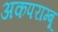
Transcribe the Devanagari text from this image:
अकपराम्बू